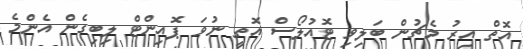
އޮތް އިރު މެޗުން ބަލިވި ޓޮއުލޯސް އޮތީ ނުވަ ޕޮއިންޓް ލިބިގެން އެންމެ